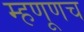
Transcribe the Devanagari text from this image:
म्हणूणच